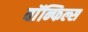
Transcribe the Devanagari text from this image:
बाॅन्फिल्स